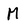
Character: M